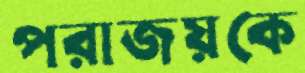
পরাজয়কে